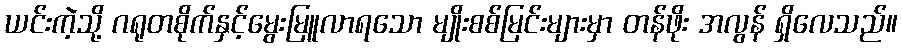
ယင်းကဲ့သို့ ဂရုတစိုက်နှင့်မွေးမြူလာရသော မျိုးစစ်မြင်းများမှာ တန်ဖိုး အလွန် ရှိလေသည်။